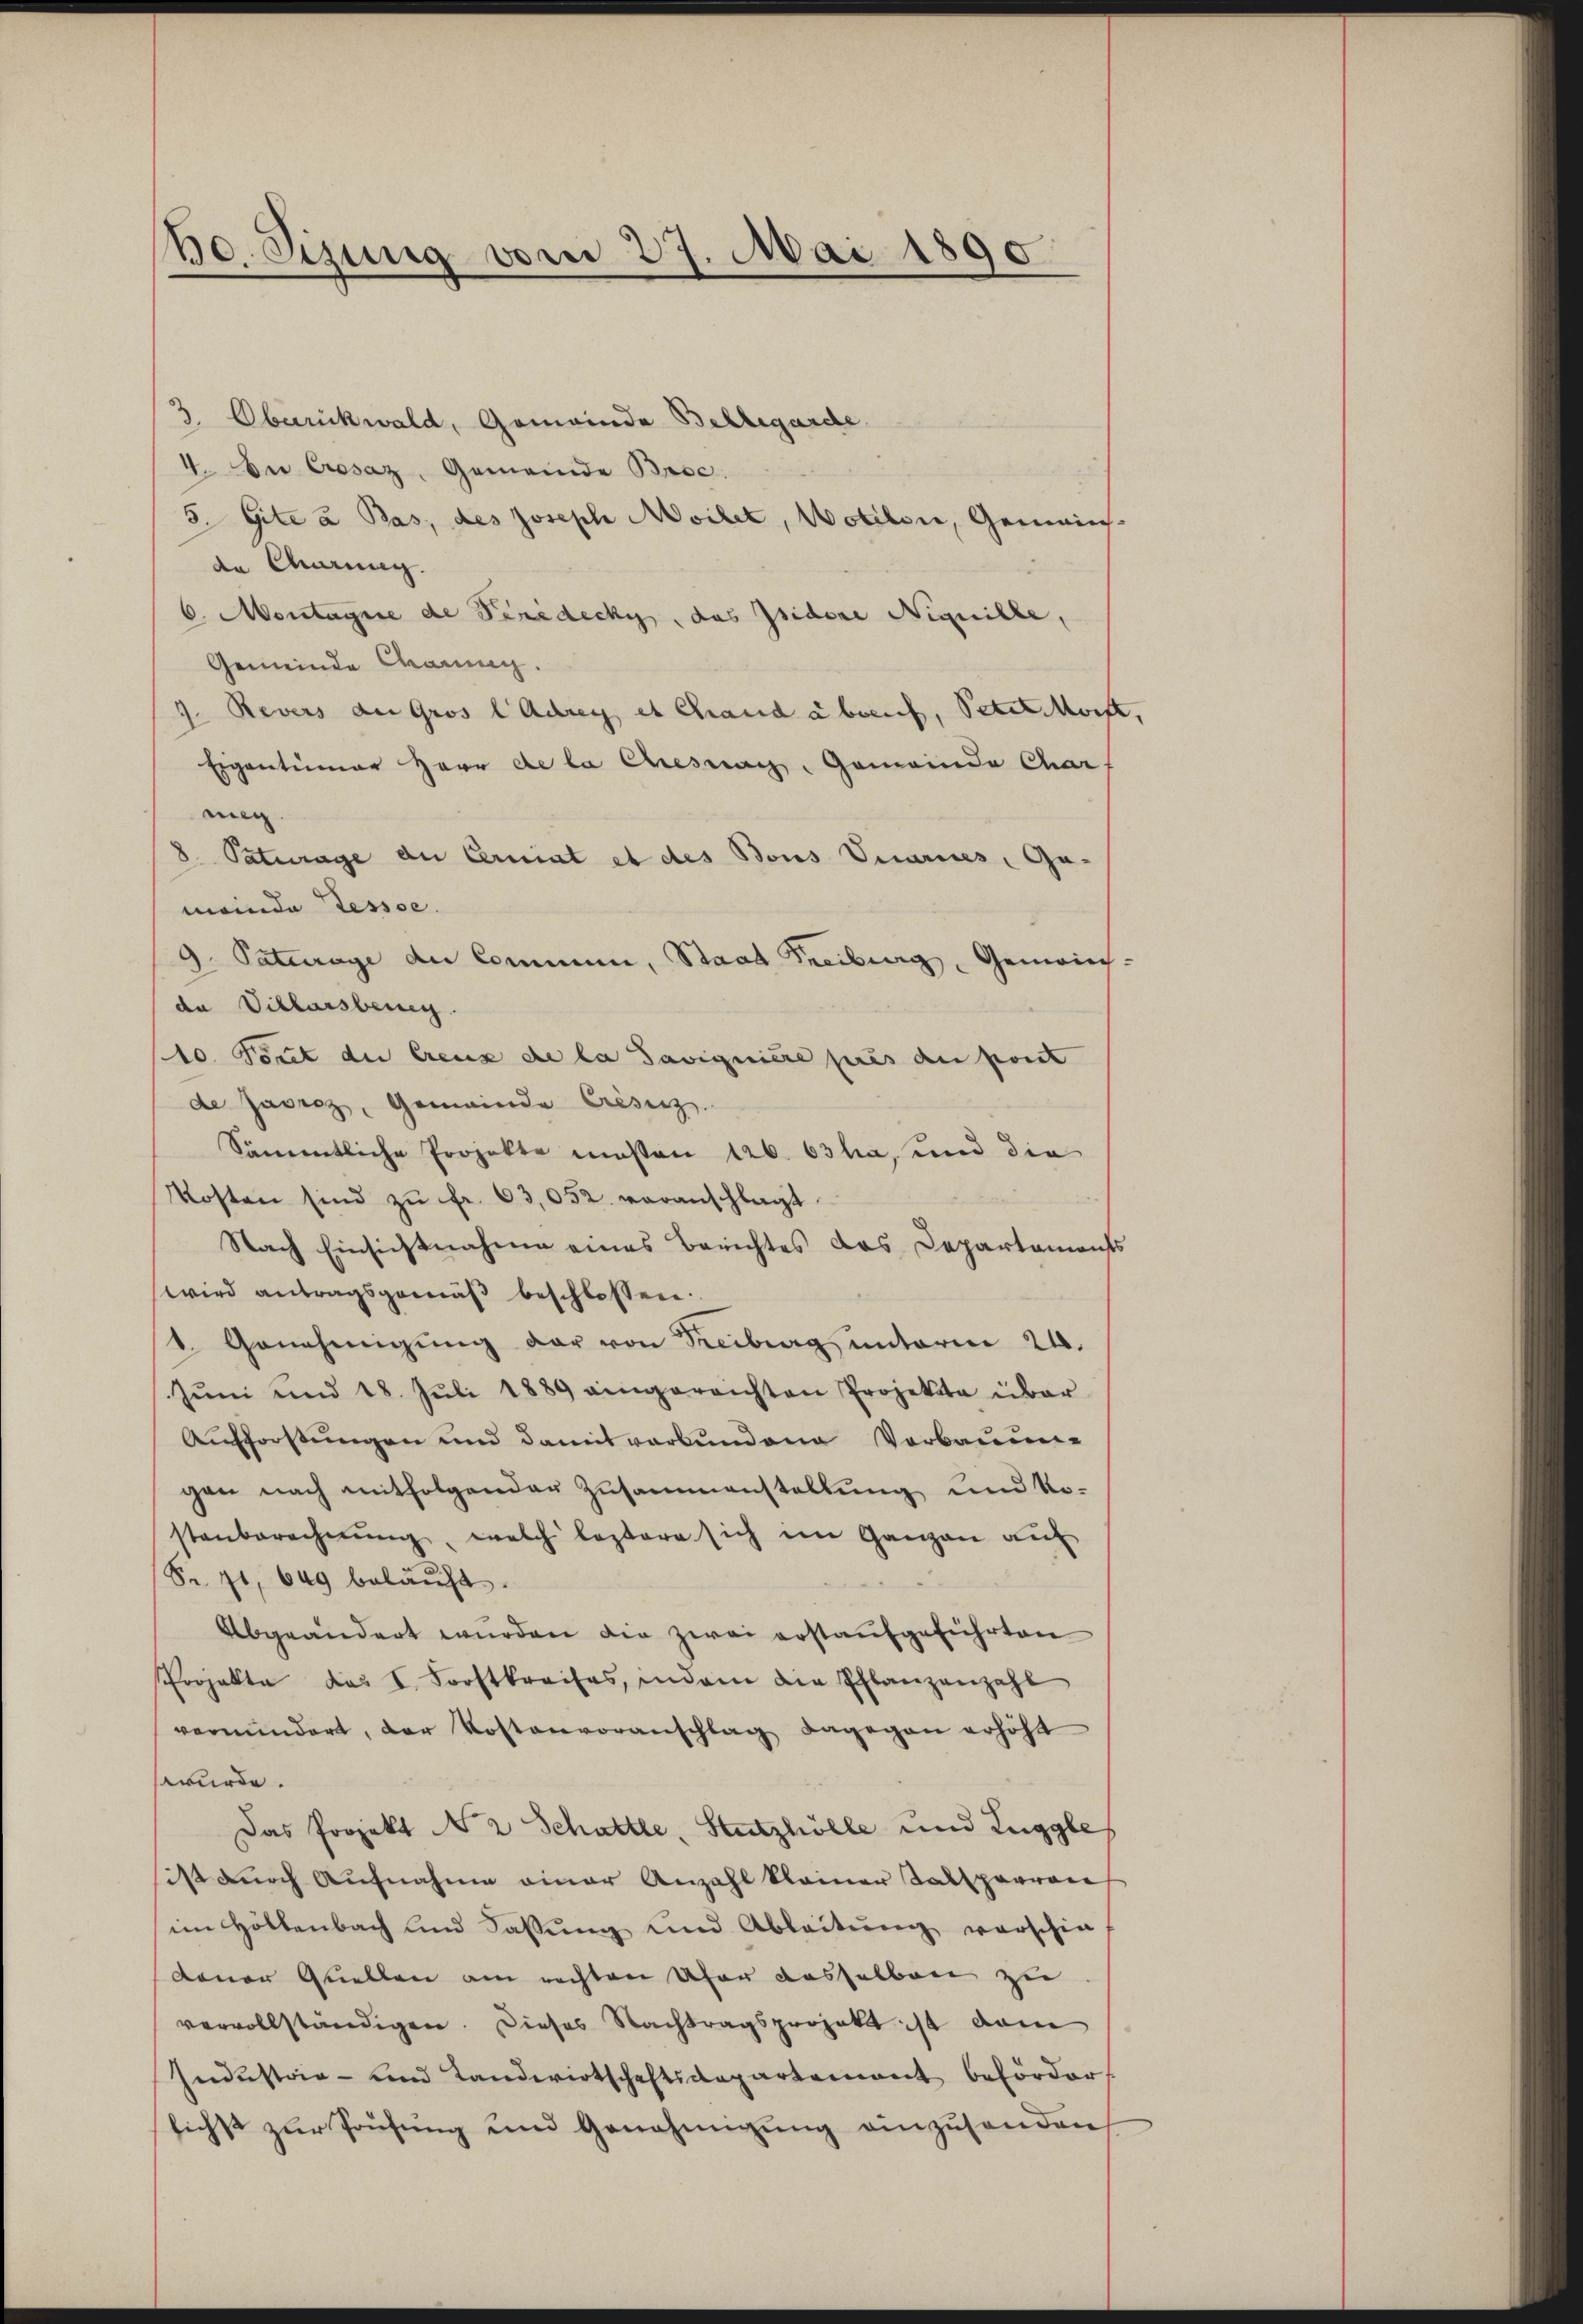
60. Sizung vom 27. Mai 1890

3. Oberückwald, Gemeinde Bellegarde
V. Die Cresaz, Gemeinde Broc
5. Gite à pas, des Joseph Moilet, Wotilon, Gemeins
de Chrung.
6. Montagnie de Penidecky, das Isidore Niquille,
Gemeinde Carnng.
9. Revers an Gros l Adrey et Chand abwenf, Peterorte.
Eigentümer Herr de la Chresnach, Gemeinde Char
meg
8. Paturage der Cerniat et des Bons Vuarises, Ga-
meinde Tessse.
9. Paterage der Commen, Staat Treiburg, Gemeinch-
da Villarsbereg
10. Tout der Creuz de la Savigniere pres de port
de Jasrez, Gemeinde Crisiez.
Sämmtliche Projekte massen 126. 63 ha, und die
Kosten sind zŭ fr. 63,052. voranschlagt.
Nach Einsichtnahme eines Berichtes das Departaments
wird antragsgemäβ beschlossen:
1. Genehmigŭng der von Freiburg unterm 24.
Jŭni und 18. Jŭli 1889 eingereichten Projekte über
Aufforstungen und damit verbundene Verbauen-
gan nach mitfolgender Zusammenstellung und No-
stenberechnŭng, welch leztere sich im Ganzen aŭf
Sr. 71, 649 belaŭft.
Abgeändert wurden die zwei erstaufgeführten
Projekte das I. Forstkreises, indem die Pflanzenzahl
vermindert, der Kostenvoranschlag dagegen erhöht
wurde.
Das Projekt N 2 Schatte, Stutzhölle und Zuggle
sist durch Aufnahme einer Anzahl kleiner Salsparron
im Höllenbach und Fassung und Ableitung vorschie-
dener Quellen am rechten Ufer dasselben zu
vervollständigen. Dieses Nachtragsprojekt ist dam
Industria - und Landwirtschaftsdepartement befördert
lichst zur Prüfung und Genehmigung einzusenden